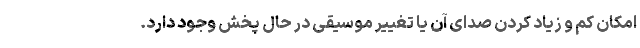
امکان کم و زیاد کردن صدای آن یا تغییر موسیقی در حال پخش وجود دارد.